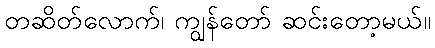
တဆိတ်လောက်၊ ကျွန်တော် ဆင်းတော့မယ်။